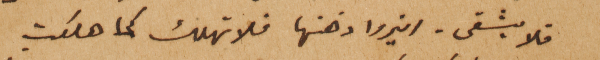
فلا يشقى – انيروا ذهنها فلا تهلك كما هلكت